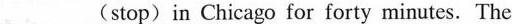
___(stop)in Chicago for forty minutes. The